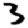
Digit: 3